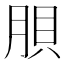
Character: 𱼉